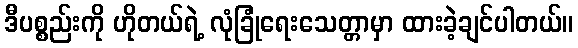
ဒီပစ္စည်းကို ဟိုတယ်ရဲ့ လုံခြုံရေးသေတ္တာမှာ ထားခဲ့ချင်ပါတယ်။